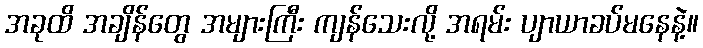
အခုထိ အချိန်တွေ အများကြီး ကျန်သေးလို့ အရမ်း ပျာယာခပ်မနေနဲ့။